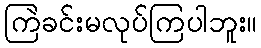
ကြဲခင်းမလုပ်ကြပါဘူး။